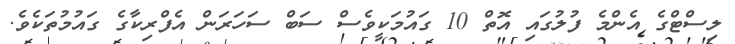
ލިސްޓްގެ އެންމެ ފުލުގައި އޮތް 10 ގައުމަކީވެސް ސަބް ސަހަރަން އެފްރިކާގެ ގައުމުތަކެވެ.